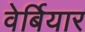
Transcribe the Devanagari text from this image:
वेर्बियार